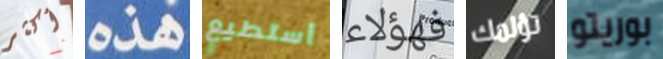
أكثر هذه أستطيع فهؤلاء تؤلمك بوريتو